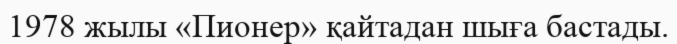
1978 жылы «Пионер» қайтадан шыға бастады.